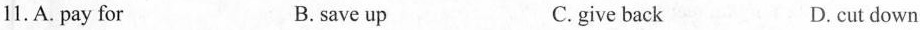
11.A. pay for B. save up C. give back D. cut down